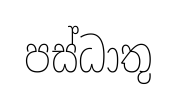
පස්ධාතු